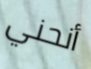
أنحني